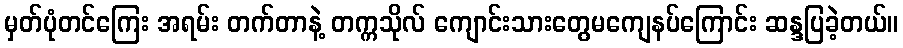
မှတ်ပုံတင်ကြေး အရမ်း တက်တာနဲ့ တက္ကသိုလ် ကျောင်းသားတွေမကျေနပ်ကြောင်း ဆန္ဒပြခဲ့တယ်။